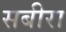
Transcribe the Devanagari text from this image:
सबीरा